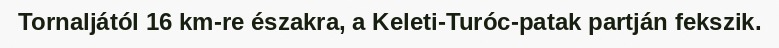
Tornaljától 16 km-re északra, a Keleti-Turóc-patak partján fekszik.